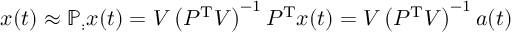
\b { x } ( t ) \approx \mathbb { P } _ { : } \b { x } ( t ) = \b { V } \left( \b { P } ^ { \mathrm { T } } \b { V } \right) ^ { - 1 } \b { P } ^ { \mathrm { T } } \b { x } ( t ) = \b { V } \left( \b { P } ^ { \mathrm { T } } \b { V } \right) ^ { - 1 } \b { a } ( t )